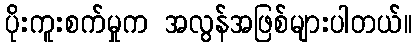
ပိုးကူးစက်မှုက အလွန်အဖြစ်များပါတယ်။